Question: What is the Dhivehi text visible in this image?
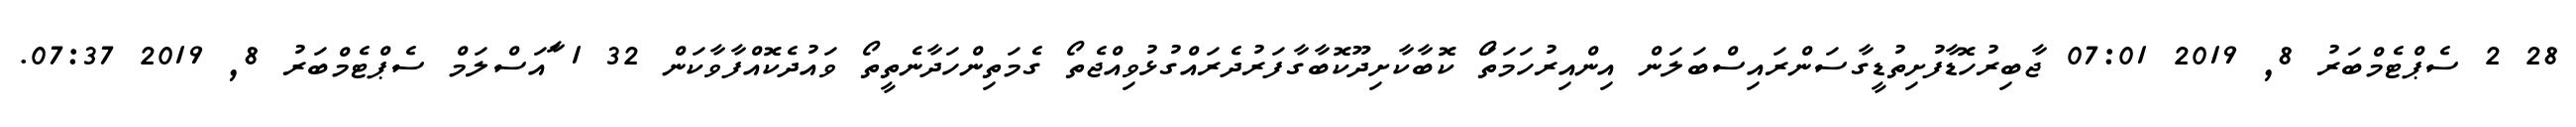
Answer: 28 2 ސެޕްޓެމްބަރު 8, 2019 07:01 ޖާބިރުހޮޑާފުށިތުޑީގާސަންރައިސްބަލަން އިންއިރުހަމަތަޯ ކޮބާކާށިދޫކޮބާގާފަރުދެރައްގުޅުވިއްޖެތޯ ގެމަތިންހަދާނެތީތޯ ވައުދެކޮއްފާވާކަން 32 1 ާައަސްލަމް ސެޕްޓެމްބަރު 8, 2019 07:37.